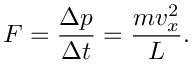
F = { \frac { \Delta p } { \Delta t } } = { \frac { m v _ { x } ^ { 2 } } { L } } .